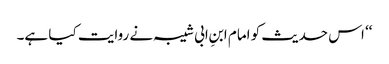
‘‘ اس حدیث کو امام ابنِ ابی شیبہ نے روایت کیا ہے۔